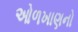
ઓળખાણનો